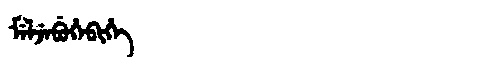
Manchu: ᠮᡝᠯᠵᡝᠪᡠᡥᡝᠪᡳᡥᡝ
Romanization: MELJEBUHEBIHE